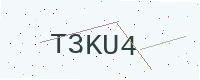
Text: T3KU4